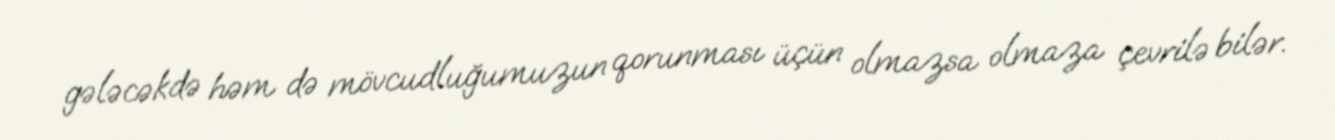
gələcəkdə həm də mövcudluğumuzun qorunması üçün olmazsa olmaza çevrilə bilər.